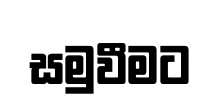
සමුවීමට